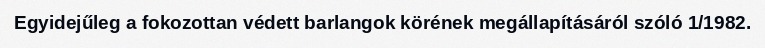
Egyidejűleg a fokozottan védett barlangok körének megállapításáról szóló 1/1982.